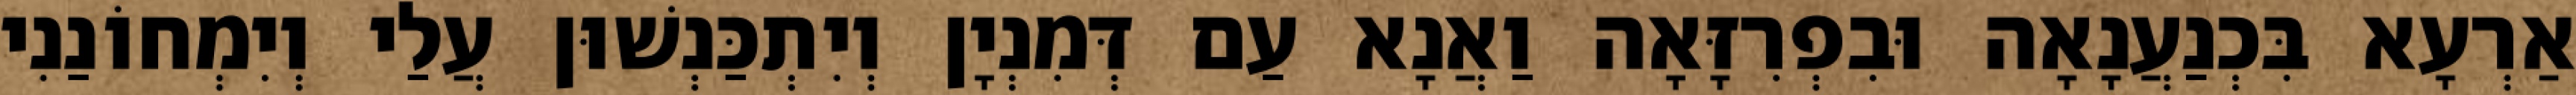
אַרְעָא בִּכְנַעֲנָאָה וּבִפְרִזָּאָה וַאֲנָא עַם דְּמִנְיָן וְיִתְכַּנְשׁוּן עֲלַי וְיִמְחוֹנַנִי